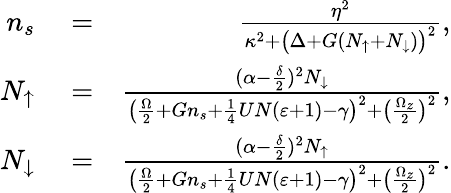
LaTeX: \begin{array}{rlr}{n_{s}}&{{}=}&{\frac{\eta^{2}}{\kappa^{2}+\big(\Delta+G(N_{\uparrow}+N_{\downarrow})\big)^{2}},}\\ {N_{\uparrow}}&{{}=}&{\frac{(\alpha-\frac{\delta}{2})^{2}N_{\downarrow}}{\big(\frac{\Omega}{2}+Gn_{s}+\frac{1}{4}UN(\varepsilon+1)-\gamma\big)^{2}+\big(\frac{\Omega_{z}}{2}\big)^{2}},}\\ {N_{\downarrow}}&{{}=}&{\frac{(\alpha-\frac{\delta}{2})^{2}N_{\uparrow}}{\big(\frac{\Omega}{2}+Gn_{s}+\frac{1}{4}UN(\varepsilon+1)-\gamma\big)^{2}+\big(\frac{\Omega_{z}}{2}\big)^{2}}.}\end{array}